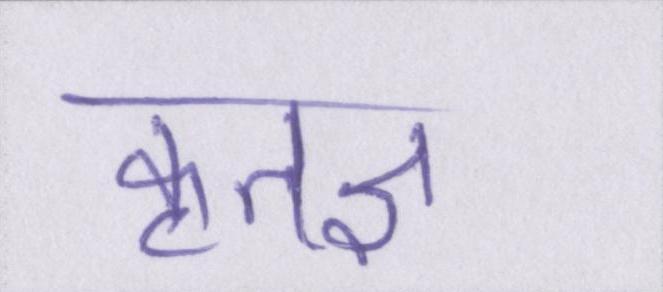
कृतज्ञ